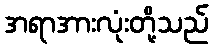
အရာအားလုံးတို့သည်